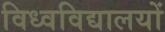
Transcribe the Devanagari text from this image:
विध्वविद्यालयों